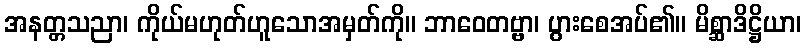
အနတ္တသညာ၊ ကိုယ်မဟုတ်ဟူသောအမှတ်ကို။ ဘာဝေတဗ္ဗာ၊ ပွားစေအပ်၏။ မိစ္ဆာဒိဋ္ဌိယာ၊